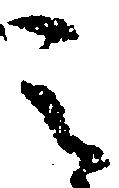
之